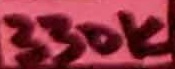
Text: 330K